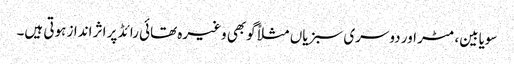
سویابین، مٹر اور دوسری سبزیاں مثلاً گوبھی وغیرہ تھائی رائڈ پر اثر انداز ہوتی ہیں۔